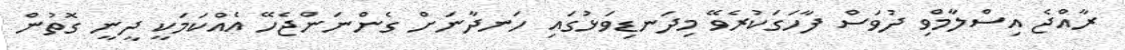
ރާއްޖެ އިސްލާމްވި ދުވަސް ފާހަގަކުރެވޭ މިދަނޑިވަޅުގައި ހަނދާނަށް ގެންނަންޖެހޭ އެއްކަމަކީ ދީނީ ގޮތުން